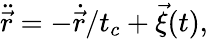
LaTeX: \ddot{\vec{r}}=-\dot{\vec{r}}/t_{c}+\vec{\xi}(t),